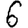
Digit: 6